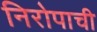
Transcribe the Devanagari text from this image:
निरोपाची